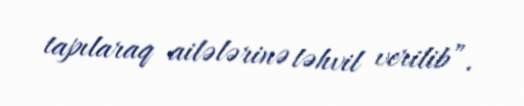
tapılaraq ailələrinə təhvil verilib”.